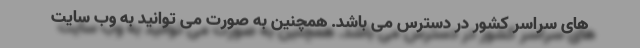
های سراسر کشور در دسترس می باشد. همچنین به صورت می توانید به وب سایت